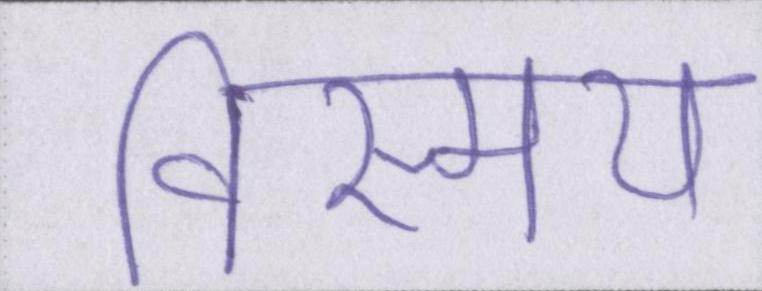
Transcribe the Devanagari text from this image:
विस्मय